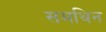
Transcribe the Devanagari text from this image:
समथिन